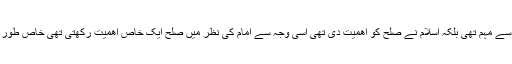
امام رہ کے افکار میں صلح نہ صرف عارف،مجتہد،سیاسی اور ایک متکلم ہونے کی وجہ سے مہم تھی بلکہ اسلام نے صلح کو اهمیت دی تھی اسی وجہ سے امام کی نظر میں صلح ایک خاص اهمیت رکھتی تھی خاص طور پر صلح کے بارے میں امام کا نظریہ صرف سیاسی نہیں تھا بلکہ ایک بنیادی نطریہ تھا۔